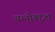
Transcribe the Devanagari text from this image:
पत्नीबद्दल